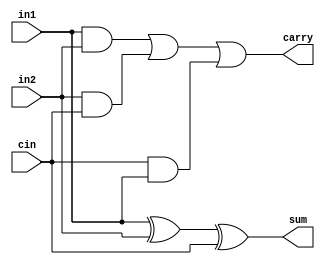
`timescale 1ns / 1ps
//////////////////////////////////////////////////////////////////////////////////
// Company: 
// Engineer: 
// 
// Design Name: 
// Module Name: fulladder
// Project Name: 
// Target Devices: 
// Tool Versions: 
// Description: 
// 
// Dependencies: 
// 
// Revision:
// Revision 0.01 - File Created
// Additional Comments:
// 
//////////////////////////////////////////////////////////////////////////////////


module fulladder(output sum,carry,input in1,in2,cin);
assign sum = in1 ^ in2 ^ cin;
assign carry = (in1& in2) | (in2 & cin) | (cin & in1);
endmodule